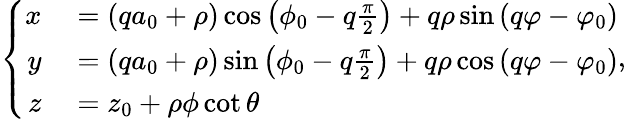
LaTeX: \left\{ \begin{array}{rl}{x}&{{}=(qa_{0}+\rho)\cos\left(\phi_{0}-q\frac{\pi}{2}\right)+q\rho\sin\left(q\varphi-\varphi_{0}\right)}\\ {y}&{{}=(qa_{0}+\rho)\sin\left(\phi_{0}-q\frac{\pi}{2}\right)+q\rho\cos\left(q\varphi-\varphi_{0}\right)}\\ {z}&{{}=z_{0}+\rho\phi\cot{\theta}}\end{array}\right.,